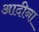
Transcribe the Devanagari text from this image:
आदीना